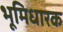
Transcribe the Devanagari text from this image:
भूमिधारक